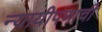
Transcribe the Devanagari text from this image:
न्यायीपणाची